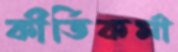
কীর্তিকর্মা